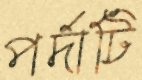
পর্দাটি